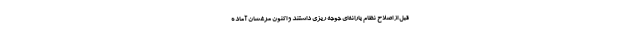
قبل از اصلاح نظام یارانه‌ای جوجه ریزی داشتند و اکنون مرغشان آماده